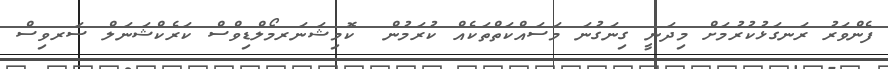
ފެންވަރު ރަނގަޅުކުރުމަށް މިދަނީ ގިނަގުނަ މަސައްކަތްތަކެއް ކުރަމުން  ކޮމިޝަނަރމޯލްޑިވްސް ކަރެކްޝަނަލް ސަރވިސް